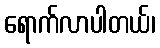
ရောက်လာပါတယ်၊